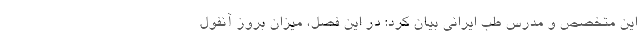
این متخصص و مدرس طب ایرانی بیان کرد: در این فصل، میزان بروز آنفول